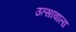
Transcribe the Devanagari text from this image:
उत्सावाला